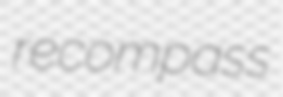
recompass